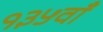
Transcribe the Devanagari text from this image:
१३५वाँ